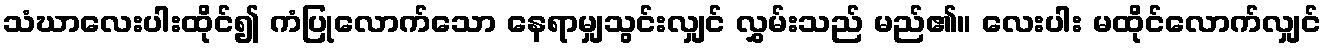
သံဃာလေးပါးထိုင်၍ ကံပြုလောက်သော နေရာမျှသွင်းလျှင် လွှမ်းသည် မည်၏။ လေးပါး မထိုင်လောက်လျှင်